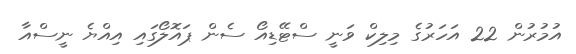
އުމުރުން 22 އަހަރުގެ މިލިކް ވަނީ ސްޓޭޑިއޯ ސެން ޕައޮލޯގައި އިއްޔެ ނީސްއާ